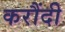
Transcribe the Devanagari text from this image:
करौंदी